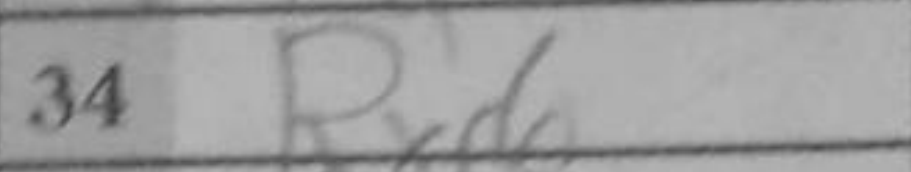
Transcription: Rxd6